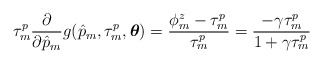
\begin{align*}\tau_m^p\frac{\partial}{\partial\hat{p}_m}g_{}(\hat{p}_m,\tau_m^p,\boldsymbol{\theta})=\frac{\phi_m^z-\tau_m^p}{\tau_m^p}=\frac{-\gamma\tau_m^p}{1+\gamma\tau_m^p}\end{align*}